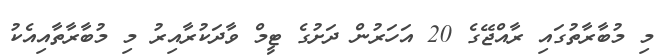
މި މުބާރާތުގައި ރާއްޖޭގެ 20 އަހަރުން ދަށުގެ ޓީމް ވާދަކުރާއިރު މި މުބާރާތާއިއެކު